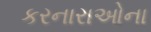
કરનારાઓના